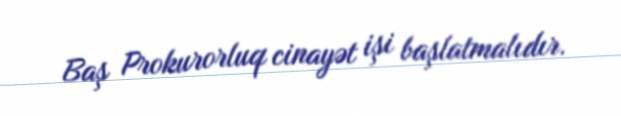
Baş Prokurorluq cinayət işi başlatmalıdır.